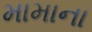
મામાના